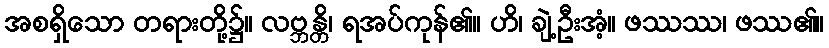
အစရှိသော တရားတို့၌။ လဗ္ဘန္တိ၊ ရအပ်ကုန်၏။ ဟိ၊ ချဲ့ဦးအံ့။ ဖဿဿ၊ ဖဿ၏။